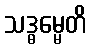
သဒ္ဓမ္မေတိ